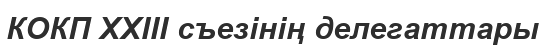
КОКП XXIII съезінің делегаттары